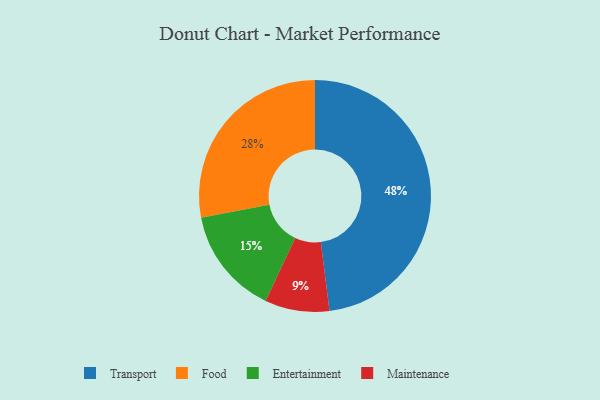
{"axis": {"x": "Category", "y": "Percentage"}, "legend": ["Entertainment", "Food", "Maintenance", "Transport"], "data": [{"x": "Food", "y": 28, "type": "Food"}, {"x": "Maintenance", "y": 9, "type": "Maintenance"}, {"x": "Entertainment", "y": 15, "type": "Entertainment"}, {"x": "Transport", "y": 48, "type": "Transport"}]}